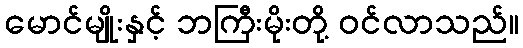
မောင်မျိုးနှင့် ဘကြီးမိုးတို့ ဝင်လာသည်။